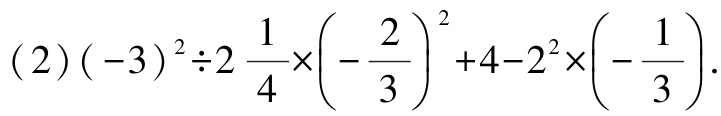
\((2)(-3)^{2}\div2\frac{1}{4}\times(-\frac{2}{3})^{2}+4 - 2^{2}\times(-\frac{1}{3})\)